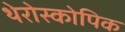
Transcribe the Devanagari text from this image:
थेरोस्कोपिक